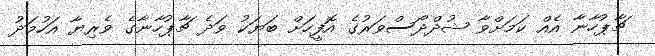
ޗާޕުހާނާ އެއް ކަމަށްވާ ޝުދްދޯސްވަރުގެ އޮފީހަށް ބަޔަކު ވަދެ ޗާޕުހާނާގެ ވެރިޔާ އަހުމަދު